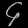
Digit: ၄